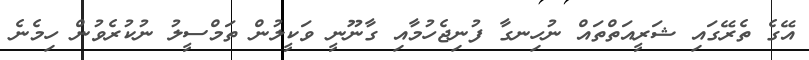
އޭގެ ތެރޭގައި ޝަރީއަތްތައް ނުހިނގާ ފުނިޖެހުމާއި ގާނޫނީ ވަކީލުން ތަމްސީލު ނުކުރެވުން ހިމެނެ